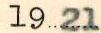
1921